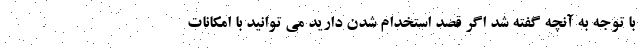
با توجه به آنچه گفته شد اگر قصد استخدام شدن دارید می توانید با امکانات